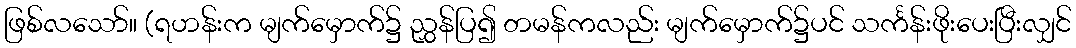
ဖြစ်လသော်။ (ရဟန်းက မျက်မှောက်၌ ညွှန်ပြ၍ တမန်ကလည်း မျက်မှောက်၌ပင် သင်္ကန်းဖိုးပေးပြီးလျှင်